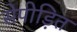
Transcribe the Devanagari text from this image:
सेपीड़ित